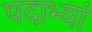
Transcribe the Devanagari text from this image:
पदाभ्यां